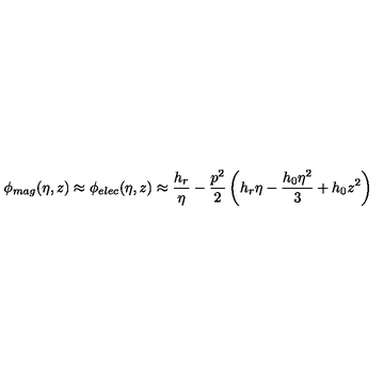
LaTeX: \phi _ { m a g } ( \eta , z ) \approx \phi _ { e l e c } ( \eta , z ) \approx \frac { h _ { r } } \eta - \frac { p ^ { 2 } } { 2 } \left( h _ { r } \eta - \frac { h _ { 0 } \eta ^ { 2 } } { 3 } + h _ { 0 } z ^ { 2 } \right)